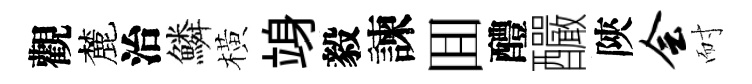
觀麓治鱗橫竧毅諫囬醴釅陝会耐